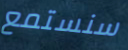
سنستمع